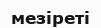
мезіреті